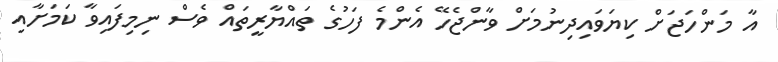
އާ މަންހަޖަށް ކިޔަވައިދިނުމަށް ވާންޖެހޭ އެންމެ ފަހުގެ ތައްޔާރީތައް ވެސް ނިމިފައިވާ ކަމަށާއި